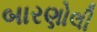
બારણોલી